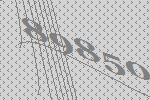
89850